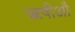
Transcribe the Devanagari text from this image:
ॠषीऔ